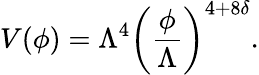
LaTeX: V(\phi)=\Lambda^{4}\left(\frac{\phi}{\Lambda}\right)^{4+8\delta}.